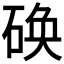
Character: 𮵔